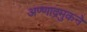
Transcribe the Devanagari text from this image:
अण्णाद्रमुकने